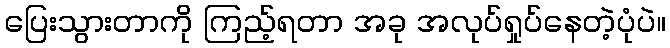
ပြေးသွားတာကို ကြည့်ရတာ အခု အလုပ်ရှုပ်နေတဲ့ပုံပဲ။